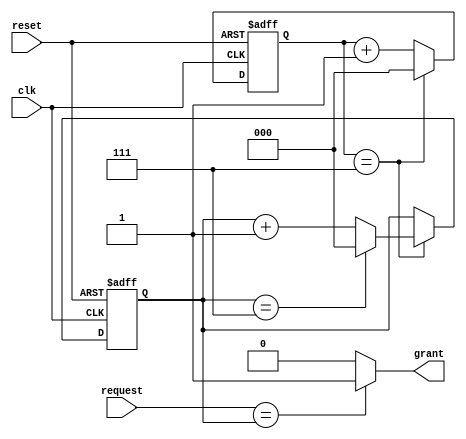
module round_robin_arbiter (
  input wire clk,
  input wire reset,
  input wire [2:0] request,
  output reg grant
);

// Internal variables
reg [2:0] priority;
reg [2:0] grant_counter;

// Timing control block
always @(posedge clk or posedge reset) begin
  if (reset) begin
    grant_counter <= 3'b000;
    priority <= 3'b000;
  end else begin
    if (grant_counter == 3'b111) begin
      grant_counter <= 3'b000;
      priority <= (priority == 3'b111) ? 3'b000 : priority + 1;
    end else begin
      grant_counter <= grant_counter + 1;
    end
  end
end

// Synchronization block
always @* begin
  grant = (request == priority) ? 1'b1 : 1'b0;
end

endmodule